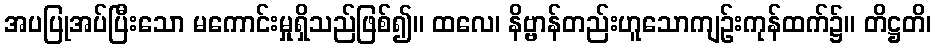
အပပြုအပ်ပြီးသော မကောင်းမှုရှိသည်ဖြစ်၍။ ထလေ၊ နိဗ္ဗာန်တည်းဟူသောကျဉ်းကုန်ထက်၌။ တိဋ္ဌတိ၊